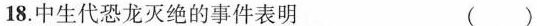
18.中生代恐龙灭绝的事件表明 ()